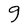
Character: g